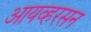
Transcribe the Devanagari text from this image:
आयव्हरसन